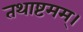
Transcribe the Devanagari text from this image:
तथाष्टमम्।